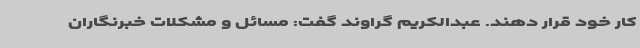
کار خود قرار دهند. عبدالکریم گراوند گفت: مسائل و مشکلات خبرنگاران